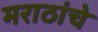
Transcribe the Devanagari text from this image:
मराठांचे